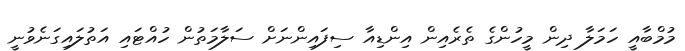
މުމްބާއީ ހަމަލާ ދިން މީހުންގެ ތެރެއިން އިންޑިއާ ސިފައިންނަށް ސަލާމަތުން ހުއްޓައި އަތުލައިގަނެވުނީ